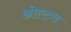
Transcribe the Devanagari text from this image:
ओएट्स